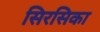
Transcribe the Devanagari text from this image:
सिरसिका